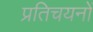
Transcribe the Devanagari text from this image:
प्रतिचयनों